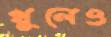
খুলেও